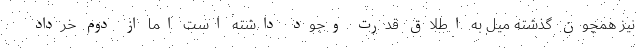
نیز همچون گذشته میل به اطلاق قدرت وجود داشته است اما از دوم خرداد